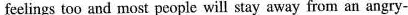
feelings too and most people will stay away from an angry-